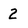
Character: 2